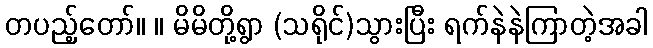
တပည့်တော်။ ။ မိမိတို့ရွာ (သရိုင်)သွားပြီး ရက်နဲနဲကြာတဲ့အခါ